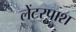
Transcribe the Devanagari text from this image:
लेंटरपाश